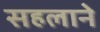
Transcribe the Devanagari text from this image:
सहलाने